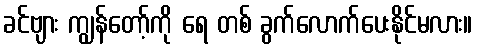
ခင်ဗျား ကျွန်တော့်ကို ရေ တစ် ခွက်လောက်ပေးနိုင်မလား။